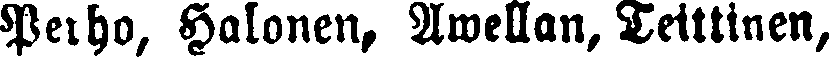
Perho, Halonen, Awellan, Teittinen,